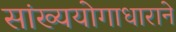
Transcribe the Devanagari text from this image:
सांख्ययोगाधाराने